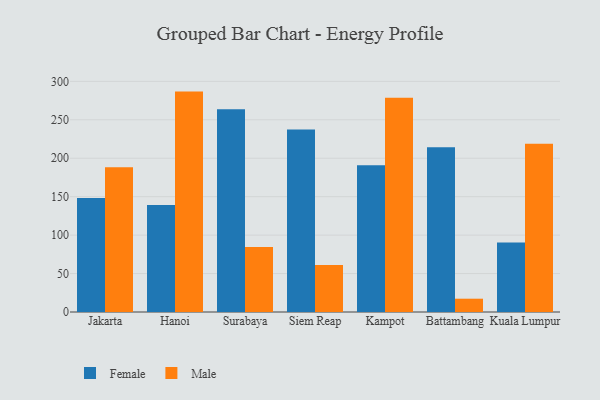
{"axis": {"x": "City", "y": "Temperature (°C)"}, "legend": ["Female", "Male"], "data": [{"x": "Jakarta", "y": 148.4, "type": "Female"}, {"x": "Jakarta", "y": 188.3, "type": "Male"}, {"x": "Hanoi", "y": 139.1, "type": "Female"}, {"x": "Hanoi", "y": 286.7, "type": "Male"}, {"x": "Surabaya", "y": 263.7, "type": "Female"}, {"x": "Surabaya", "y": 84.5, "type": "Male"}, {"x": "Siem Reap", "y": 237.4, "type": "Female"}, {"x": "Siem Reap", "y": 61.2, "type": "Male"}, {"x": "Kampot", "y": 190.9, "type": "Female"}, {"x": "Kampot", "y": 278.7, "type": "Male"}, {"x": "Battambang", "y": 214.3, "type": "Female"}, {"x": "Battambang", "y": 17.3, "type": "Male"}, {"x": "Kuala Lumpur", "y": 90.4, "type": "Female"}, {"x": "Kuala Lumpur", "y": 218.7, "type": "Male"}]}